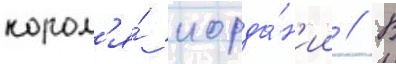
корол'я́ иорда́н'ии // В